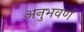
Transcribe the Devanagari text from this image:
अनुभवणं